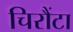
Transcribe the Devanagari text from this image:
चिरौंटा